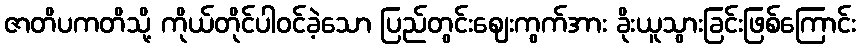
ဇာတိပကတိသို့ ကိုယ်တိုင်ပါဝင်ခဲ့သော ပြည်တွင်းဈေးကွက်အား ခိုးယူသွားခြင်းဖြစ်ကြောင်း